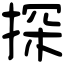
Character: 探